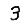
Digit: 3